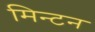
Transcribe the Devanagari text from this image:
मिन्टन